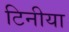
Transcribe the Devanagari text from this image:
टिनीया